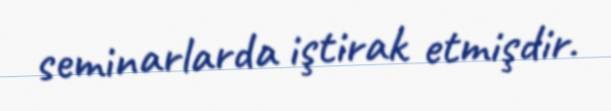
seminarlarda iştirak etmişdir.